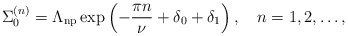
\begin{align*}\Sigma_0^{(n)}=\Lambda_{\rm np}\exp\left(-\frac{\pi n}{\nu}+\delta_0+\delta_1\right),\quad n=1,2,\dots ,\end{align*}